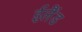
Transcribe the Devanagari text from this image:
ईलैंड